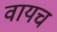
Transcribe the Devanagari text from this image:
वायच